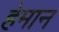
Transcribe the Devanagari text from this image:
हेमान